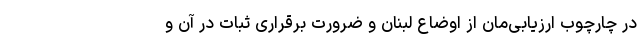
در چارچوب ارزیابی‌مان از اوضاع لبنان و ضرورت برقراری ثبات در آن و